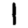
Digit: 1